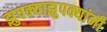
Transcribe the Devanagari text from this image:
झुपक्याझुपक्यांनी